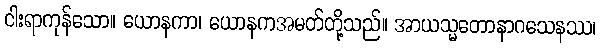
ငါးရာကုန်သော။ ယောနကာ၊ ယောနကအမတ်တို့သည်။ အာယသ္မတောနာဂသေနဿ၊